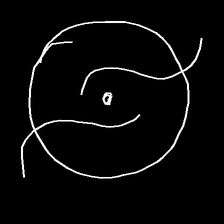
Glyph: repetition